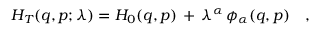
H _ { T } ( q , p ; \lambda ) = H _ { 0 } ( q , p ) \, + \, \lambda ^ { \alpha } \, \phi _ { \alpha } ( q , p ) \ \ \ ,